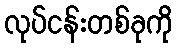
လုပ်ငန်းတစ်ခုကို